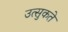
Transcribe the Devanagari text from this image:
उत्सुकते